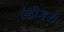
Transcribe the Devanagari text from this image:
एंटीजनी